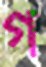
গ